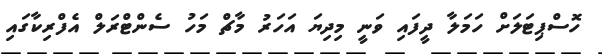
ހޮސްޕިޓަލަށް ހަމަލާ ދީފައި ވަނީ މިދިޔަ އަހަރު މާޗް މަހު ސެންޓްރަލް އެފްރިކާގައި